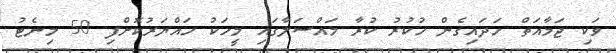
ވަކި ޖަމާއަތް ހަދައިގެން ހުކުރު ކުރާ މައްސަލާގައި މީހަކު ހައްޔަރުކޮށްފި 50 މިނެޓު